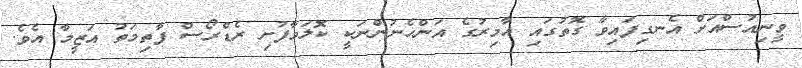
ވީނިއުސްއަށް އެނގިފައިވާ ގޮތުގައި އާމިރުގެ އަންހެނުންނަކީ ކޮލަމާފުށި ރެޑްރޯސް ފާތިމަތު އަޒީމާ އެވެ.